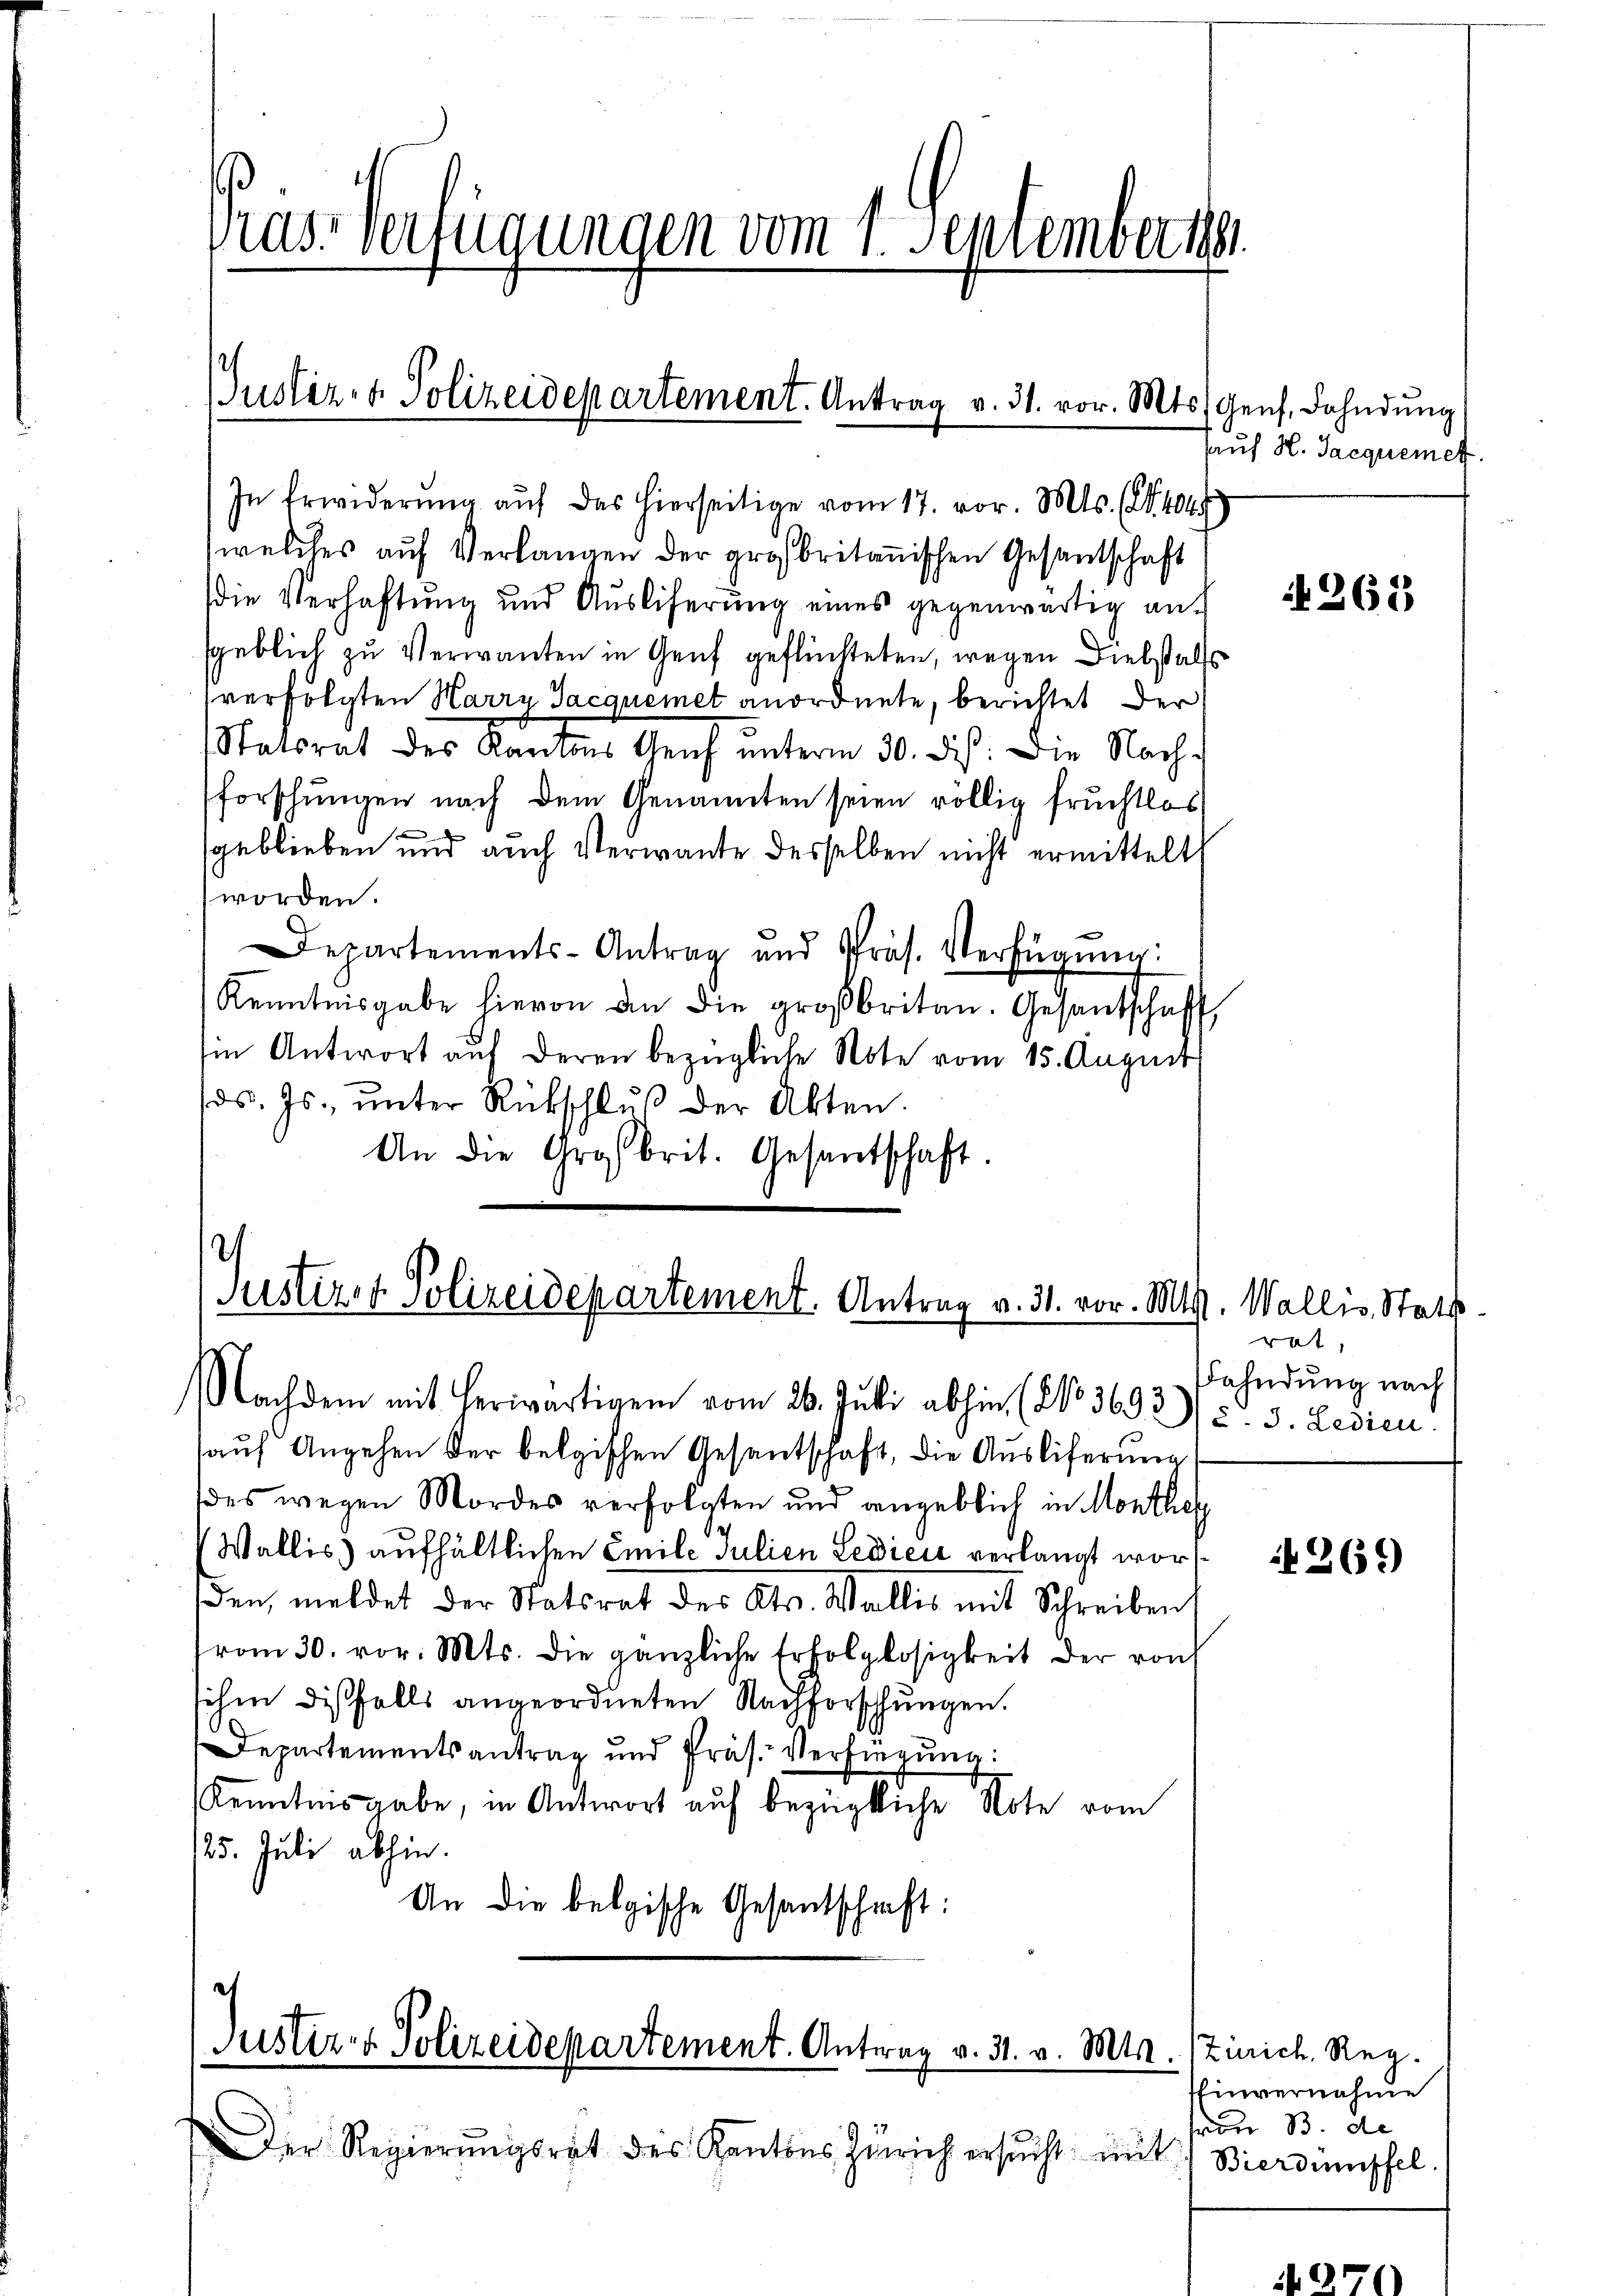
Pras-Verfügungen vom 1. September 1881.

Justiz- & Polizeidepartement. Antrag v. 31. vor. Mts. Genf, Fahndung

In Erwiderŭng aŭf das hierseitige vom 17. vor. Mts. (S. 404
welches auf Verlangen der großbritanischen Gesandschaft
die Verhaftung und Auslieferung eines gegenwärtig auf
sgeblich zu Verwanten in Genf geflüchteten, wegen Diebstalls
(verfolgten Harry Jacquemet anordnete, berichtet der
Statorat des Kantons Genf unterm 30. ds. Die Nachforschungen nach dem Genannten seien völlig fruchtlos
geblieben und auch Verwante desselben nicht ermittelt
worden.
Departements-Antrag und Präs. Verfügŭng:
Kenntnisgabe hievon an die großbritan. Gesantschaft,
Ein Antwort auf deren bezügliche Note vom 15. August
ds. Js., ŭnter Rückschlŭβ der Akten.
An die Großbrit. Gesantschaft.

2
Justiz & Polizeidepartement. Antrag v. 31. vor. Mts. Wallis, Statt.
Nachdem mit herwärtigem vom 26. Juli abhin (No 3692) u. 3. Ledien

e
Justiz- & Polizeidepartement. Antrag v. 31. v. Mts. Zürich. Reg.

Der Regierŭngsrat des Kantons Zürich ersŭcht mit Bierdünnffel.

auf Angehen der belgischen Gesantschaft, die Ausliferung
des wegen Mordes verfolgten und angeblich in Monthe
Wallis) aufhältlichen Emile Julien Ledici verlangt worden, meldet der Statsrat des Kts. Wallis mit Schreiben,
vom 30. vor. Mts. die gänzliche Erfolglosigkeit der von
sihm dißfalls angeordneten Nachforschungen.
Departementsantrag und Präs. Verfügŭng:
Kenntnisgabe, in Antwort auf bezügliche Note vom
25. Juli abhin.
An die belgische Gesandtschaft:

Kauf H. Jacquemet

265

rat,
Fahndung nach

269

Einvernahme
ron B. de